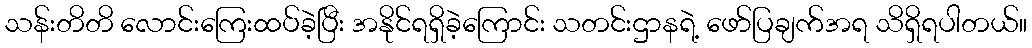
သန်းတိတိ လောင်းကြေးထပ်ခဲ့ပြီး အနိုင်ရရှိခဲ့ကြောင်း သတင်းဌာနရဲ့ ဖော်ပြချက်အရ သိရှိရပါတယ်။